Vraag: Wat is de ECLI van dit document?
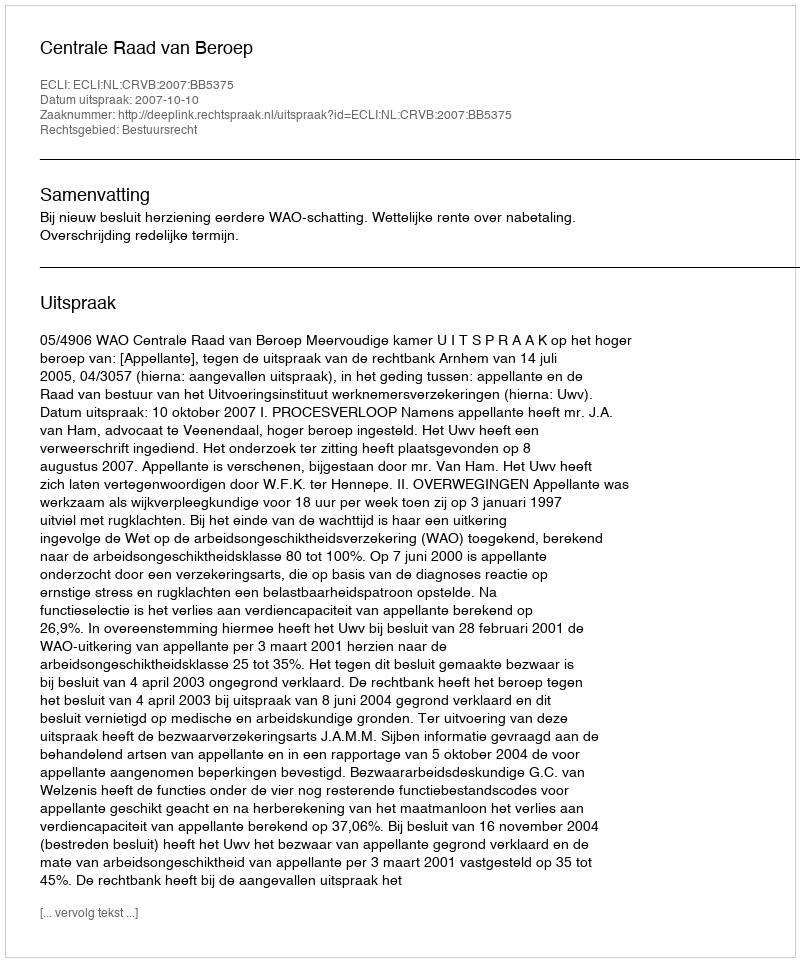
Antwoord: ECLI:NL:CRVB:2007:BB5375